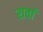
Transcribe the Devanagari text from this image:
रावां